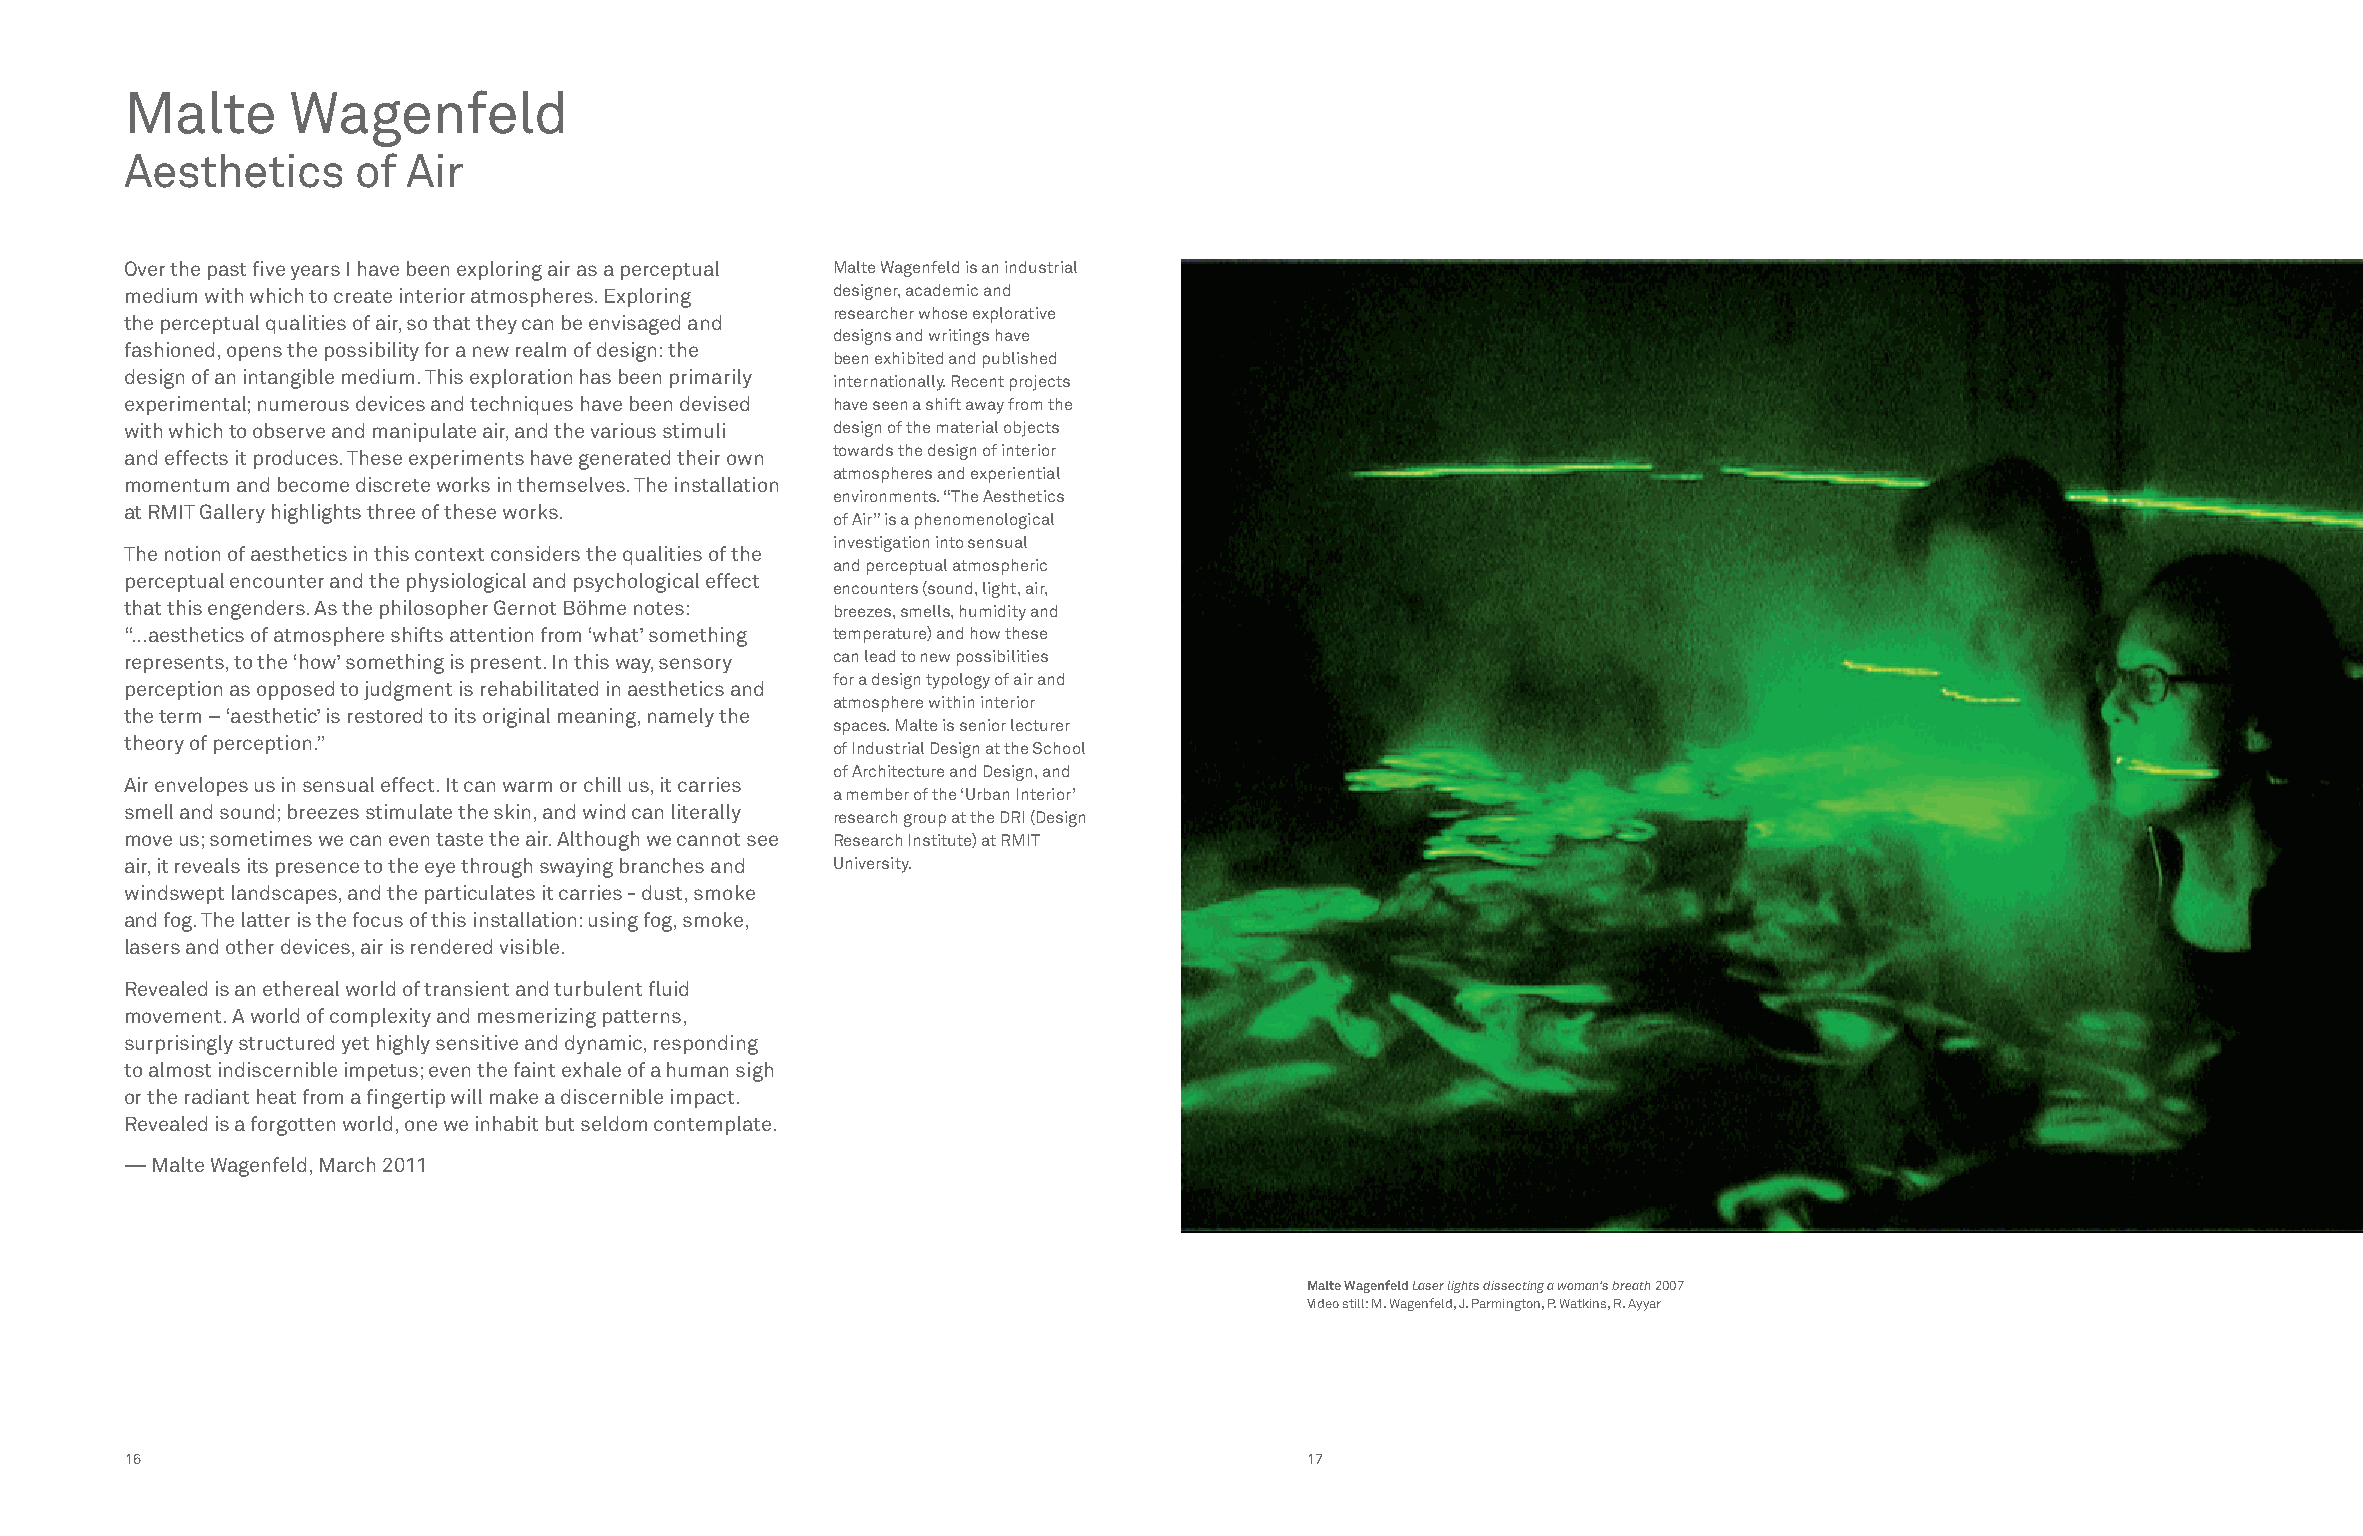
Malte      Wagenfeld
 Aesthetics     of  Air
 Over the past five years I have been exploring air as a perceptual Malte Wagenfeld is an industrial
 medium with which to create interior atmospheres. Exploring designer, academic and
 researcher whose explorative
 the perceptual qualities of air, so that they can be envisaged and
 designs and writings have
 fashioned, opens the possibility for a new realm of design: the
 been exhibited and published
 design of an intangible medium. This exploration has been primarily internationally. Recent projects
 experimental; numerous devices and techniques have been devised have seen a shift away from the
 with which to observe and manipulate air, and the various stimuli design of the material objects
 towards the design of interior
 and effects it produces. These experiments have generated their own
 atmospheres and experiential
 momentum and become discrete works in themselves. The installation
 environments. “The Aesthetics
 at RMIT Gallery highlights three of these works.
 of Air” is a phenomenological
 investigation into sensual
 The notion of aesthetics in this context considers the qualities of the
 and perceptual atmospheric
 perceptual encounter and the physiological and psychological effect
 encounters (sound, light, air,
 that this engenders. As the philosopher Gernot Böhme notes: breezes, smells, humidity and
 “…aesthetics of atmosphere shifts attention from ‘what’ something temperature) and how these
 represents, to the ‘how’ something is present. In this way, sensory can lead to new possibilities
 for a design typology of air and
 perception as opposed to judgment is rehabilitated in aesthetics and
 atmosphere within interior
 the term – ‘aesthetic’ is restored to its original meaning, namely the
 spaces. Malte is senior lecturer
 theory of perception.”
 of Industrial Design at the School
 of Architecture and Design, and
 Air envelopes us in sensual effect. It can warm or chill us, it carries
 a member of the ‘Urban Interior’
 smell and sound; breezes stimulate the skin, and wind can literally
 research group at the DRI (Design
 move us; sometimes we can even taste the air. Although we cannot see Research Institute) at RMIT
 air, it reveals its presence to the eye through swaying branches and University.
 windswept landscapes, and the particulates it carries - dust, smoke
 and fog. The latter is the focus of this installation: using fog, smoke,
 lasers and other devices, air is rendered visible.
 Revealed is an ethereal world of transient and turbulent fluid
 movement. A world of complexity and mesmerizing patterns,
 surprisingly structured yet highly sensitive and dynamic, responding
 to almost indiscernible impetus; even the faint exhale of a human sigh
 or the radiant heat from a fingertip will make a discernible impact.
 Revealed is a forgotten world, one we inhabit but seldom contemplate.
 — Malte Wagenfeld, March 2011
 Malte Wagenfeld Laser lights dissecting a woman’s breath 2007
 Video still: M. Wagenfeld, J. Parmington, P. Watkins, R. Ayyar
 16                                                                            17